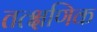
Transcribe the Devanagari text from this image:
तत्क्षणिक